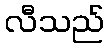
လီသည်